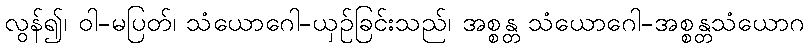
လွန်၍၊ ဝါ-မပြတ်၊ သံယောဂေါ-ယှဉ်ခြင်းသည်၊ အစ္စန္တ သံယောဂေါ-အစ္စန္တသံယောဂ